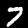
Label: 7